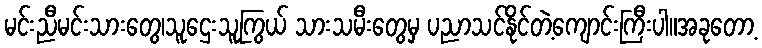
မင်းညီမင်းသားတွေ၊သူဌေးသူကြွယ် သားသမီးတွေမှ ပညာသင်နိုင်တဲ့ကျောင်းကြီးပါ။အခုတော့